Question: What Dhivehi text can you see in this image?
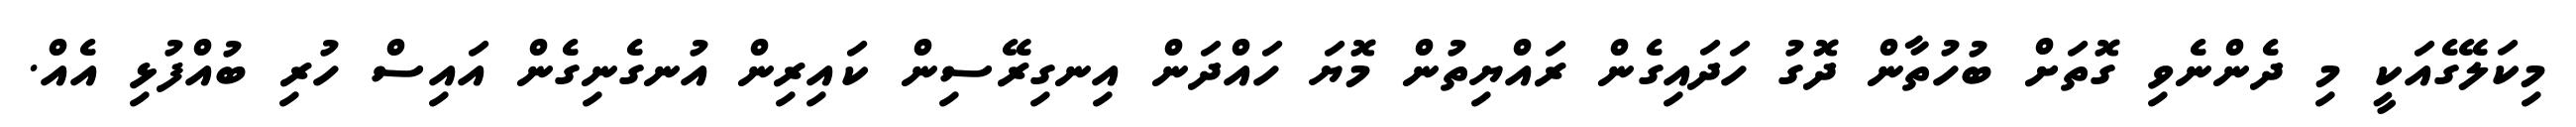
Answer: މިކަލޭގެއަކީ މި ދެންނެވި ގޮތަށް ބުހުތާން ދޮގު ހަދައިގެން ރައްޔިތުން މޮޔަ ހައްދަން އިނގިރޭސިން ކައިރިން އުނގެނިގެން އައިސް ހުރި ބުއްފުޅި އެއް.